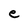
Character: e